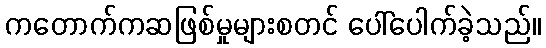
ကတောက်ကဆဖြစ်မှုများစတင် ပေါ်ပေါက်ခဲ့သည်။